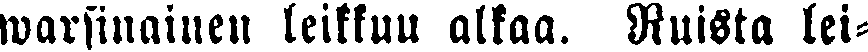
warsinainen leikkuu alkaa. Ruista lei-